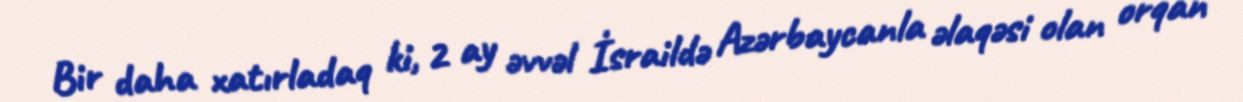
Bir daha xatırladaq ki, 2 ay əvvəl İsraildə Azərbaycanla əlaqəsi olan orqan